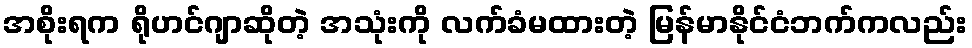
အစိုးရက ရိုဟင်ဂျာဆိုတဲ့ အသုံးကို လက်ခံမထားတဲ့ မြန်မာနိုင်ငံဘက်ကလည်း